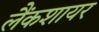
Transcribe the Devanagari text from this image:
लैंकशायर